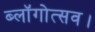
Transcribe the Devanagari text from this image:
ब्लॉगोत्सव।